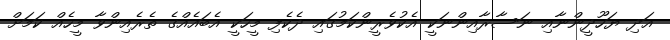
އަދި ޔަހޫދީންނާއި ނަސާރާއިންނަކީ އެކުވެރީންކަމުގައި ދެކެފި މީހަކީ އެބައެއްގެ ތެރެއިންވާ މީހެއް ކަމަށް